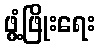
ဖွံ့ဖြိုးရေး